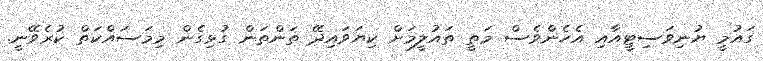
ގައުމީ ޔުނިވަސިޓީއާއި އެހެންވެސް މަތީ ތައުލީމަށް ކިޔަވައިދޭ ތަންތަން ގުޅިގެން މިމަސައްކަތް ކުރެވޭނީ.